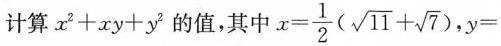
计算$$x^{2}+xy+y^{2}$$的值，其中$$x= \frac{1}{2}(\sqrt{11}+ \sqrt{7})$$,y=